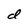
Character: d